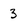
Character: 3